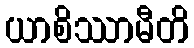
ယာစိဿာမီတိ